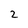
Character: 2